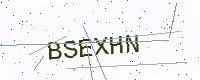
Text: BSEXHN